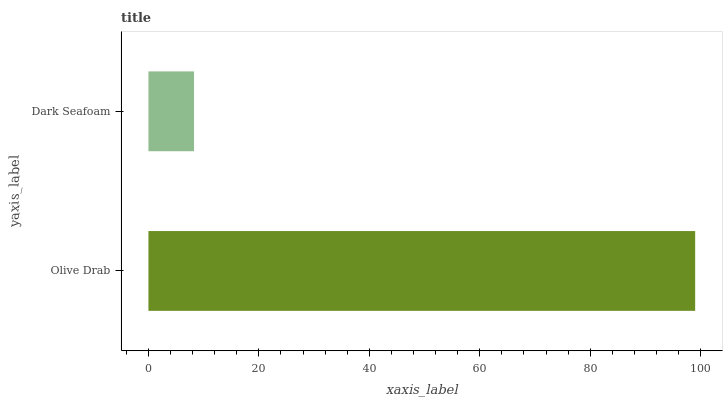
| yaxis_label | bars |
 | --- | --- |
 | Olive Drab | 99 |
 | Dark Seafoam | 8.26 |